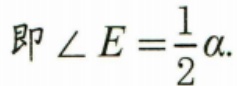
即\(\angle E=\frac{1}{2}\alpha\).